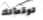
توقعاتك